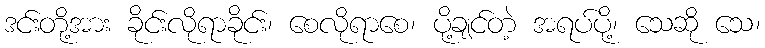
ဒင်းတို့အား ခိုင်းလိုရာခိုင်း၊ စေလိုရာစေ၊ ပို့ချင်တဲ့ အရပ်ပို့၊ သေဆို သေ၊